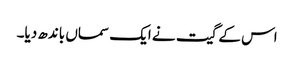
اس کے گیت نے ایک سماں باندھ دیا۔